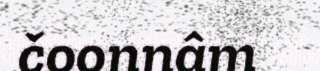
čoonnâm